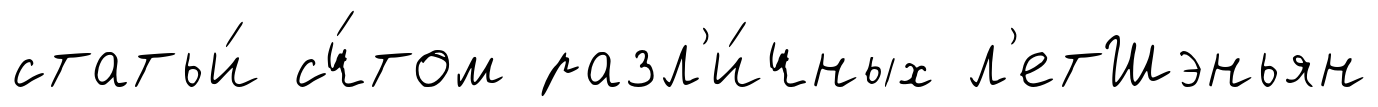
статьи́ сч́том разл'и́чных л'етШэньян